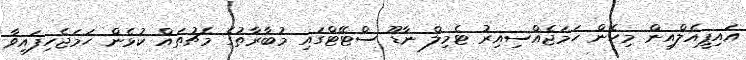
އައިޕީއެލްއިން މިހެން ހަމަޖެއްސިއިރު ޓެމިލް ނާޑޫ ސްޓޭޓްގައި މުބާރާތުގެ މެޗުތައް ކުޅެން ހަމަޖެހިފައިވާ